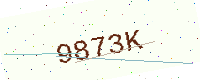
Text: 9873K